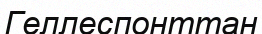
Геллеспонттан